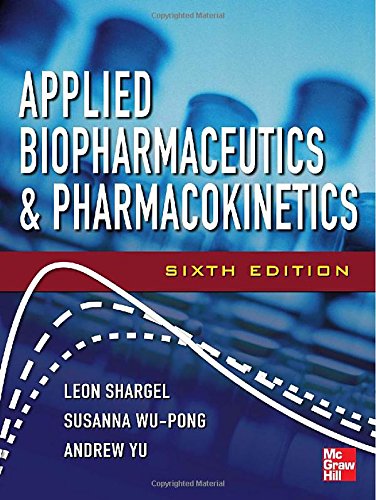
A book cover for Applied Biopharmaceutics & Pharmacokinetics, Sixth Edition (Shargel, Applied Biopharmaceuticals & Pharmacokinetics); Leon Shargel; Medical Books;